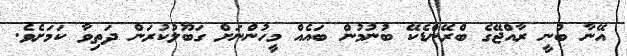
އޭނާ ބުނީ ރާއްޖޭގެ ބްރޭންޑެކޭ ބުނުމުން ބައެއް މީހުންނަށް ގަބޫލުކުރަން ދަތިވާ ކަމަށެވެ.